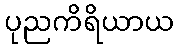
ပုညကိရိယာယ